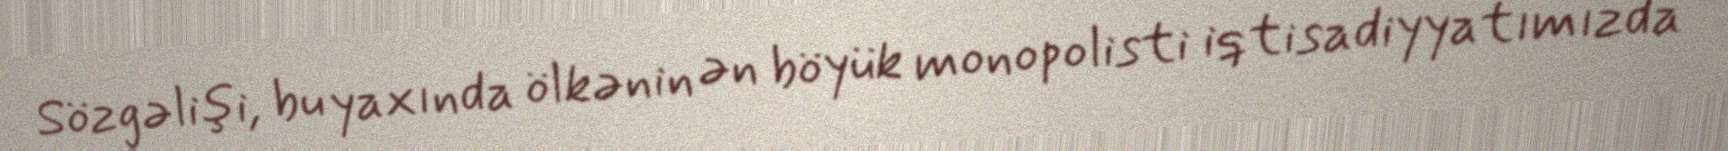
Sözgəlişi, bu yaxında ölkənin ən böyük monopolisti iqtisadiyyatımızda